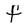
Character: f